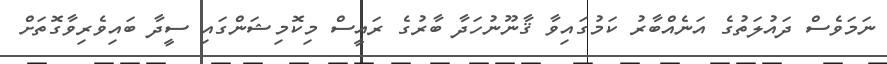
ނަމަވެސް ދައުލަތުގެ އަނެއްބާރު ކަމުގައިވާ ޤާނޫނުހަދާ ބާރުގެ ރައީސް މިކޮމިޝަންގައި ސީދާ ބައިވެރިވާގޮތަށް